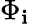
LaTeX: \Phi_{\mathbf{i}}